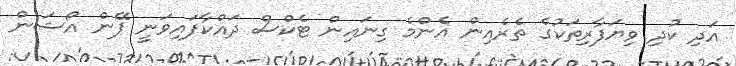
އަދި ކުދި ވިޔަފާރިތަކުގެ ތެރެއިން އެންމެ ގިނައިން ޓެކްސް ދައްކާފައިވަނީ ޕޭން އޯޝަން